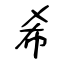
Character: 希